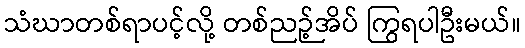
သံဃာတစ်ရာပင့်လို့ တစ်ညဉ့်အိပ် ကြွရပါဦးမယ်။